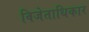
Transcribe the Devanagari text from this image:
विजेताधिकार